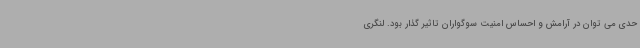
حدی می توان در آرامش و احساس امنیت سوگواران تاثیر گذار بود. لنگری